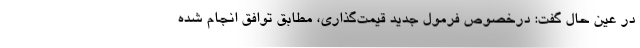
در عین حال گفت: درخصوص فرمول جدید قیمت‌گذاری، مطابق توافق انجام شده